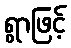
ရွာဖြင့်